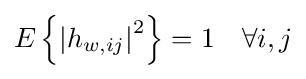
E\left\{\left|h_{w,ij}\right|^{2}\right\}=1\quad \forall i,j